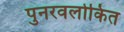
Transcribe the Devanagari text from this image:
पुनरवलोकित